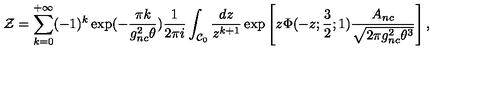
{ \cal Z } = \sum _ { k = 0 } ^ { + \infty } ( - 1 ) ^ { k } \exp ( - \frac { \pi k } { g _ { n c } ^ { 2 } \theta } ) \frac { 1 } { 2 \pi i } \int _ { { \cal C } _ { 0 } } \frac { d z } { z ^ { k + 1 } } \exp \left[ z \Phi ( - z ; \frac { 3 } { 2 } ; 1 ) \frac { A _ { n c } } { \sqrt { 2 \pi g _ { n c } ^ { 2 } \theta ^ { 3 } } } \right] ,